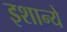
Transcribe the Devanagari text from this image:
इशान्ये